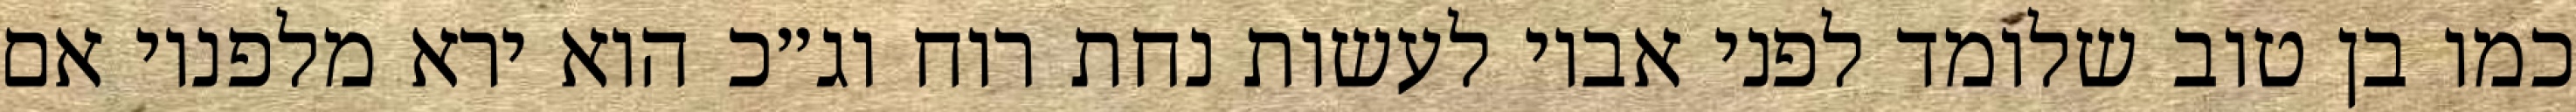
כמו בן טוב שלומד לפני אביו לעשות נחת רוח וג״כ הוא ירא מלפניו אם